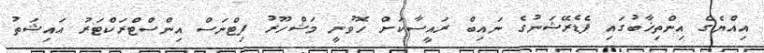
އިއްޔެގެ އިންތިޚާބުގައި ފެޑެރޭޝަނުގެ ނައިބް ރައީސާކަށް ހޮވުނީ މަޝްހޫރު ފިޓްނަސް އިންސްޓްރަކްޓަރު އައިޝަތު